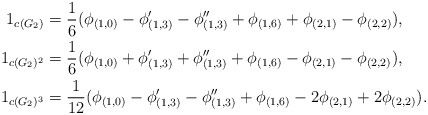
\begin{align*}\begin{aligned}1_{c(G_2)}&=\frac 16(\phi_{(1,0)}-\phi_{(1,3)}'-\phi_{(1,3)}''+\phi_{(1,6)}+\phi_{(2,1)}-\phi_{(2,2)}),\\1_{c(G_2)^2}&=\frac 16(\phi_{(1,0)}+\phi_{(1,3)}'+\phi_{(1,3)}''+\phi_{(1,6)}-\phi_{(2,1)}-\phi_{(2,2)}),\\1_{c(G_2)^3}&=\frac 1{12}(\phi_{(1,0)}-\phi_{(1,3)}'-\phi_{(1,3)}''+\phi_{(1,6)}-2\phi_{(2,1)}+2\phi_{(2,2)}).\\\end{aligned}\end{align*}